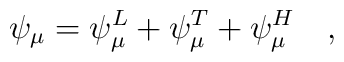
\psi_\mu=\psi_\mu^L+\psi_\mu^T+\psi^H_\mu~~~,